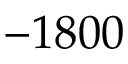
- 1 8 0 0